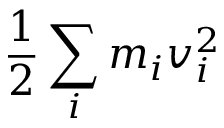
{ \frac { 1 } { 2 } } \sum _ { i } m _ { i } v _ { i } ^ { 2 }